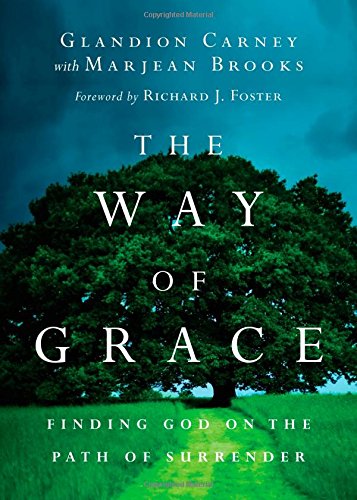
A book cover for The Way of Grace: Finding God on the Path of Surrender (Renovare Resources); Glandion Carney; Health, Fitness & Dieting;